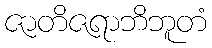
ဇာတိဇရာဘိဘူတံ